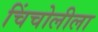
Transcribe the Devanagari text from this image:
चिंचोलीला